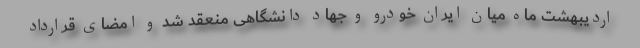
اردیبهشت ماه میان ایران خودرو و جهاد دانشگاهی منعقد شد و امضای قرارداد